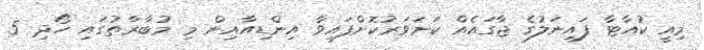
މިއީ ކުއާޓާ ފައިނަލުގެ ޖާގައެއް ކަށަވަރުކޮށްފައިވާ އިންޑިއާއިން މި މުބާރާތުގައި ހޯދި 5